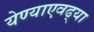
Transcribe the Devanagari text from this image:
येण्याएवढ्या